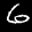
Label: 6